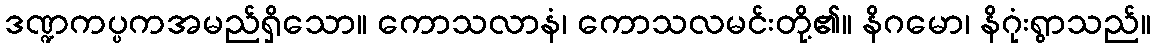
ဒဏ္ဍကပ္ပကအမည်ရှိသော။ ကောသလာနံ၊ ကောသလမင်းတို့၏။ နိဂမော၊ နိဂုံးရွာသည်။